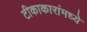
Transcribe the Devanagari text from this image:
टीकाकारांमध्ये